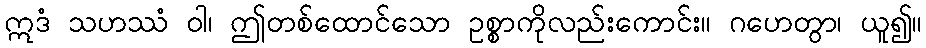
ဣဒံ သဟဿံ ဝါ၊ ဤတစ်ထောင်သော ဥစ္စာကိုလည်းကောင်း။ ဂဟေတွာ၊ ယူ၍။